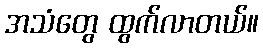
အသံတွေ ထွက်လာတယ်။